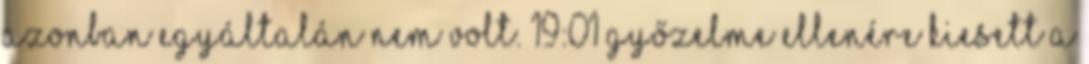
azonban egyáltalán nem volt. 19:01 Győzelme ellenére kiesett a